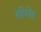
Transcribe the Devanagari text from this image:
सीगेर